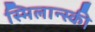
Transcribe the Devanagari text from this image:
स्मिलान्स्की